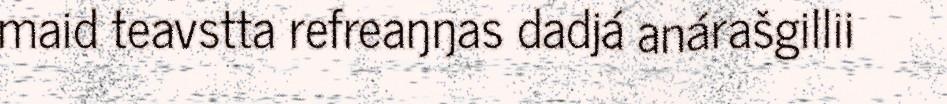
maid teavstta refreaŋŋas dadjá anárašgillii